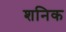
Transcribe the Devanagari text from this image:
शनिक